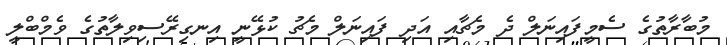
މުބާރާތުގެ ސެމީފައިނަލް ދެ މެޗާއި އަދި ފައިނަލް މެޗު ކުޅޭނީ އިނގިރޭސިވިލާތުގެ ވެމްބްލީ